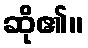
ဆို၏။